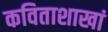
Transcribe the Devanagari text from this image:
कविताशाखां